255_413270_UFO's_and_Defense_What_Should_we_Prepare_For
Agency: NASA
Page 82
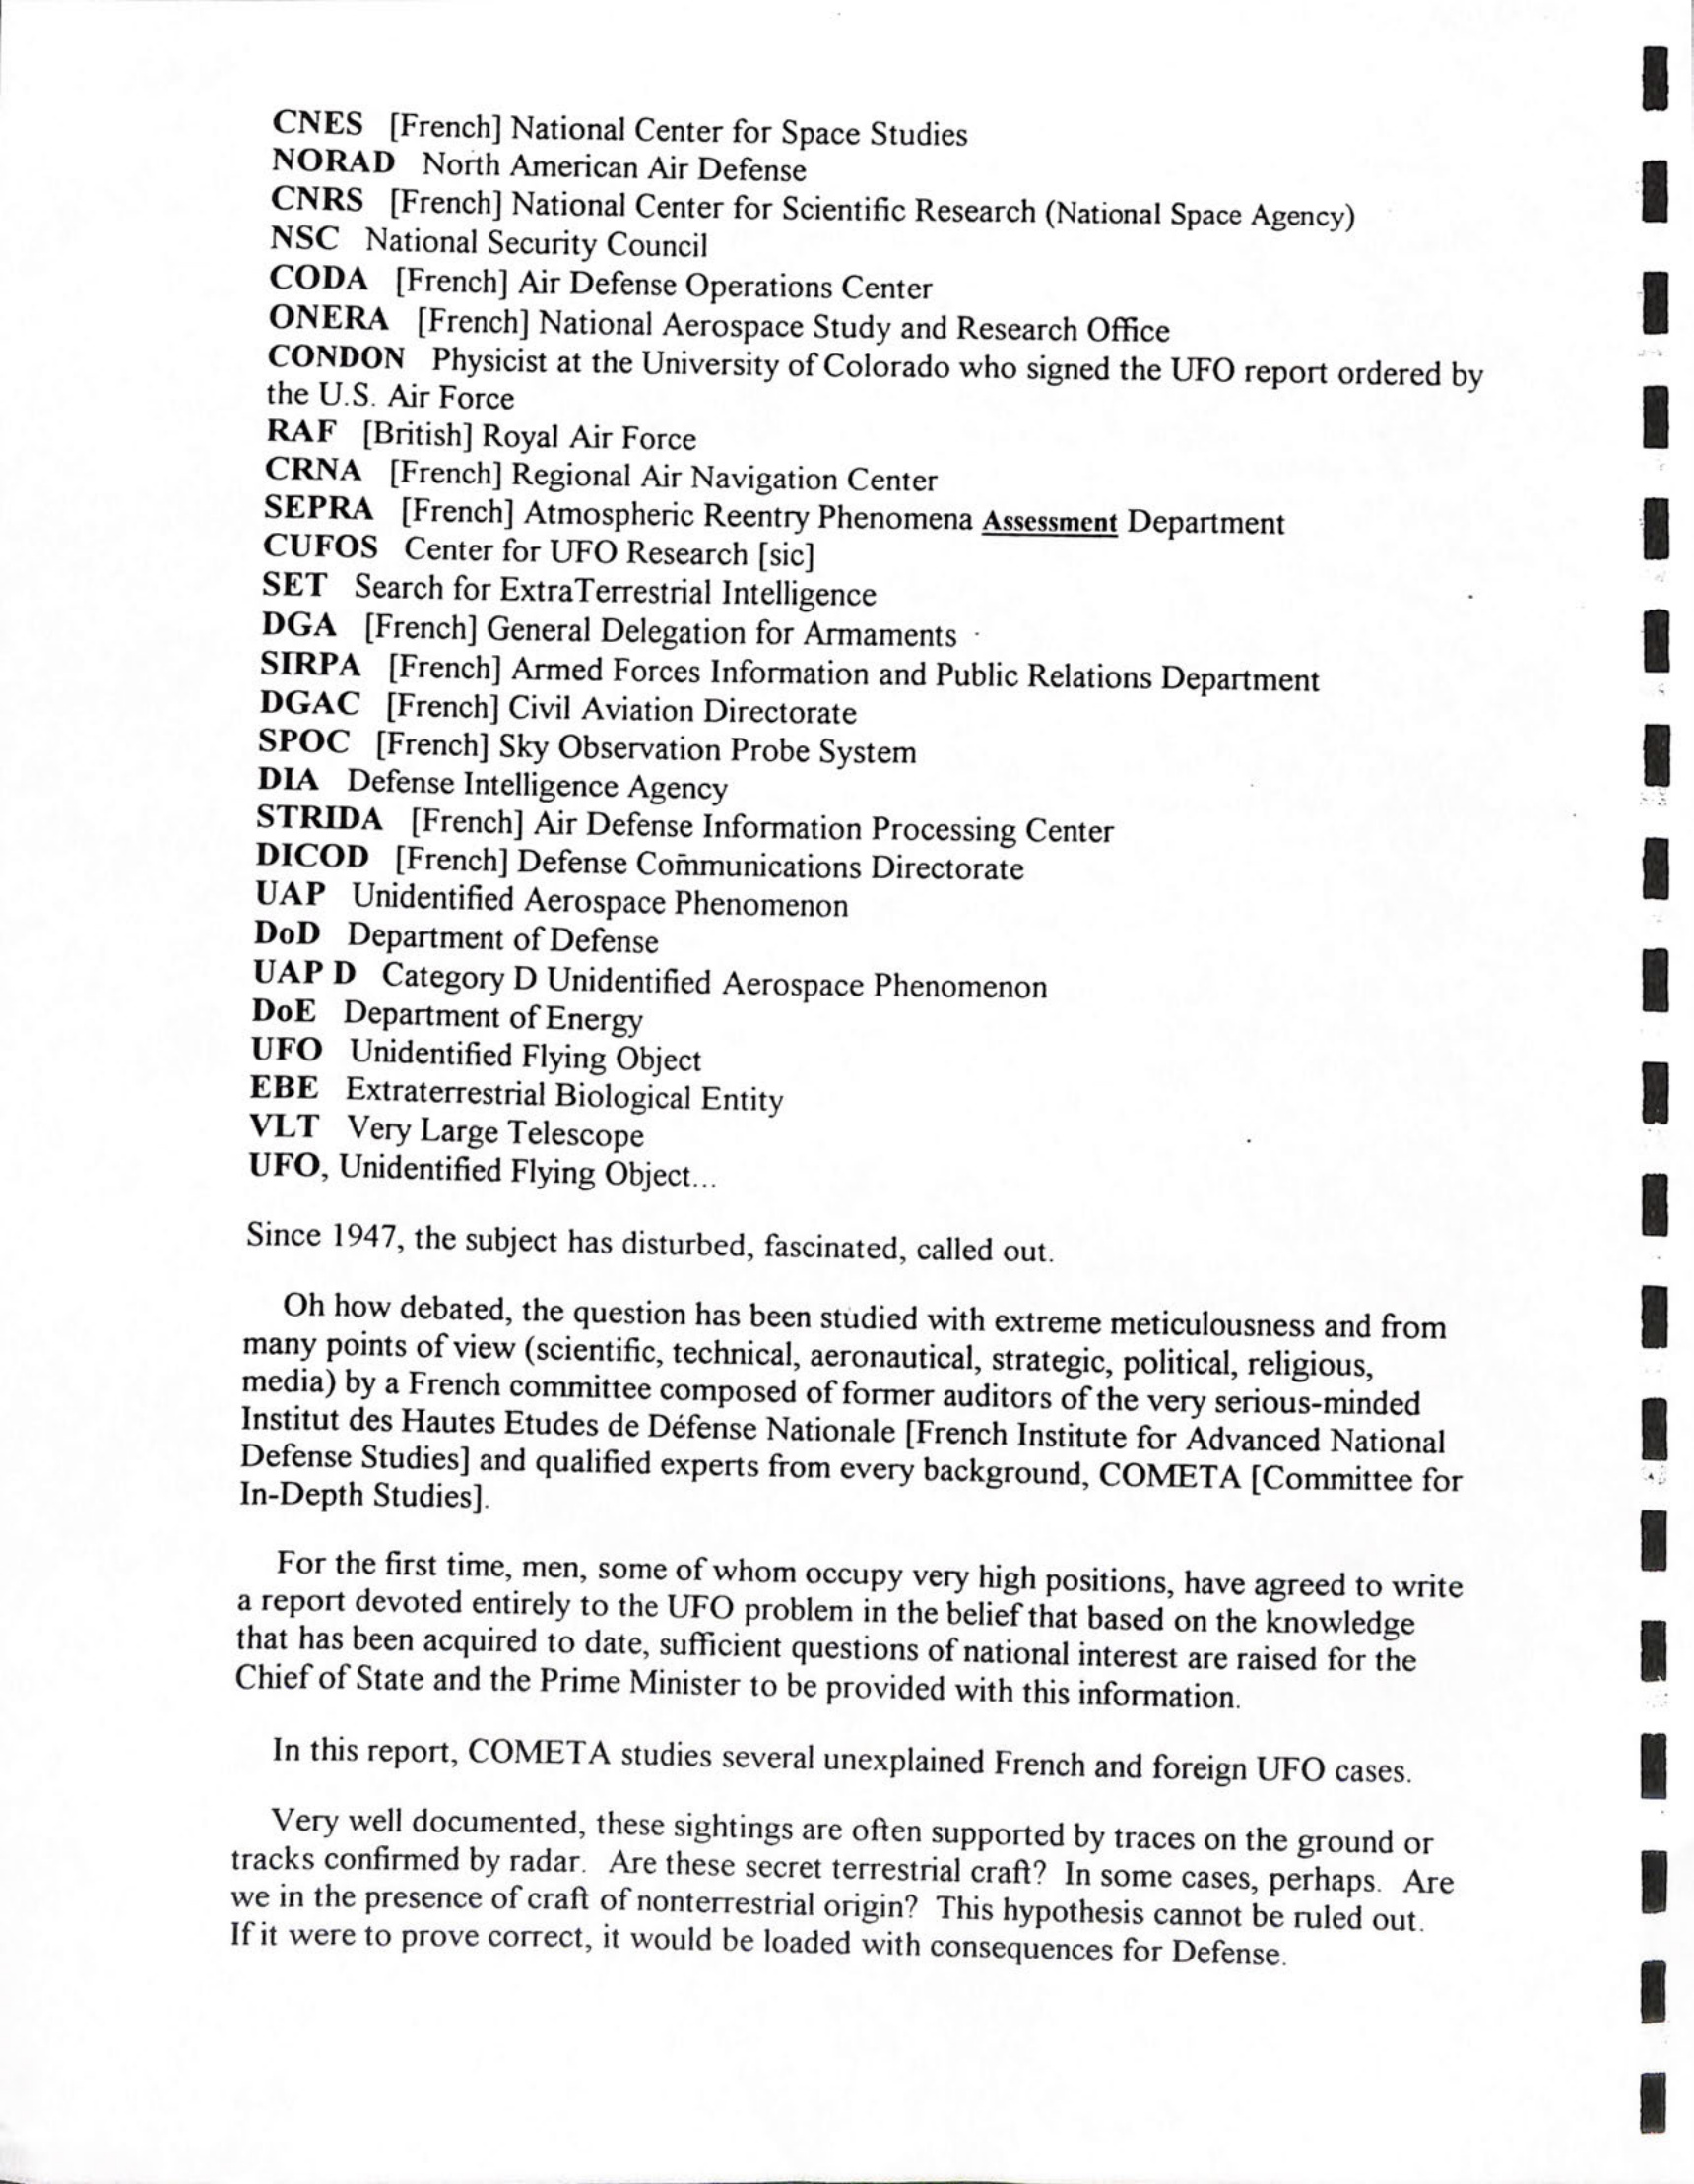